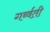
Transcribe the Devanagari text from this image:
गर्ब्वती